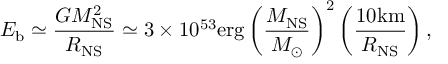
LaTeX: E _ { \mathrm { b } } \simeq \frac { G M _ { \mathrm { N S } } ^ { 2 } } { R _ { \mathrm { N S } } } \simeq 3 \times 1 0 ^ { 5 3 } \mathrm { e r g } \left( \frac { M _ { \mathrm { N S } } } { M _ { \odot } } \right) ^ { 2 } \left( \frac { 1 0 \mathrm { k m } } { R _ { \mathrm { N S } } } \right) ,